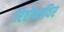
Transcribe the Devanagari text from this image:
रितोनाविर